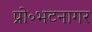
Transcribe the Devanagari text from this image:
प्रो॰भटनागर